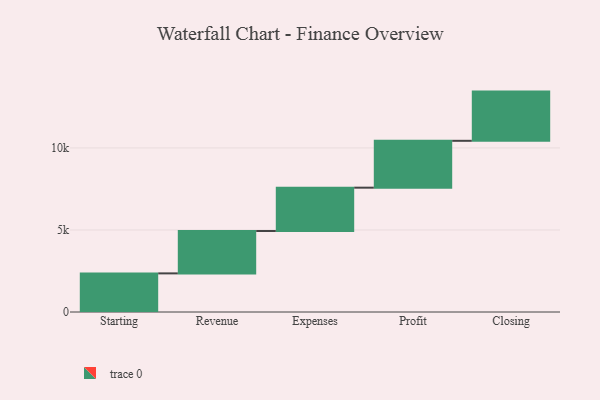
{"axis": {"x": "Step", "y": "Value"}, "legend": [""], "data": [{"x": "Starting", "y": 2354.0, "type": ""}, {"x": "Revenue", "y": 2584.0, "type": ""}, {"x": "Expenses", "y": 2641.0, "type": ""}, {"x": "Profit", "y": 2856.0, "type": ""}, {"x": "Closing", "y": 3000, "type": ""}]}